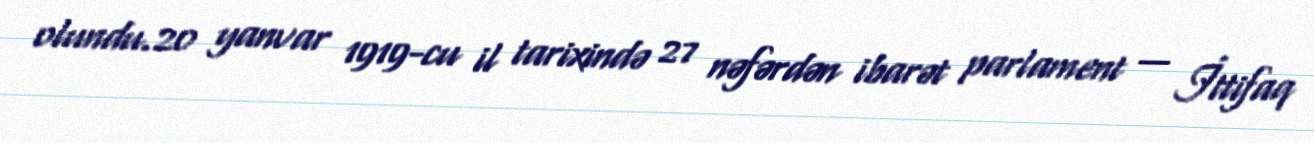
olundu.20 yanvar 1919-cu il tarixində 27 nəfərdən ibarət parlament — İttifaq